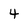
Character: 4